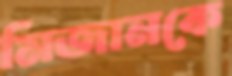
মিজানকে